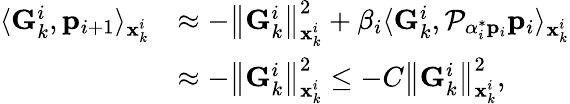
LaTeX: \begin{array}{rl}{\langle\mathbf{G}_{k}^{i},\mathbf{p}_{i+1}\rangle_{\mathbf{x}_{k}^{i}}}&{\approx-\left\| \mathbf{G}_{k}^{i}\right\| _{\mathbf{x}_{k}^{i}}^{2}+\beta_{i}\langle\mathbf{G}_{k}^{i},\mathcal{P}_{\alpha_{i}^{*}\mathbf{p}_{i}}\mathbf{p}_{i}\rangle_{\mathbf{x}_{k}^{i}}}\\ &{\approx-\left\| \mathbf{G}_{k}^{i}\right\| _{\mathbf{x}_{k}^{i}}^{2}\le-C\left\| \mathbf{G}_{k}^{i}\right\| _{\mathbf{x}_{k}^{i}}^{2},}\end{array}